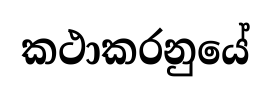
කථාකරනුයේ